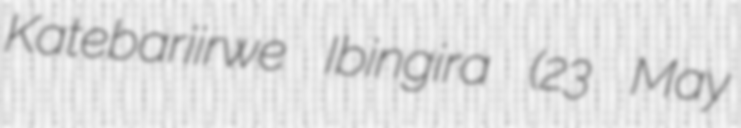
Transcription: Katebariirwe Ibingira (23 May